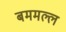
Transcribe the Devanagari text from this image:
बममल्ल